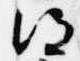
得